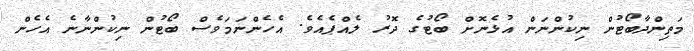
މަތިންދާބޯޓުން ނިކުންނަން އުޅެނޮށް ބޯޓުގެ ދޮރު ލެއްޕެއެވެ. އެހެންނަމަވެސް ބޯޓުން ނިކުންނާނެ އެހެން